Lunatic asylums in Bengal annual reports 1899-1911 - 1899-1911
Year: 1899
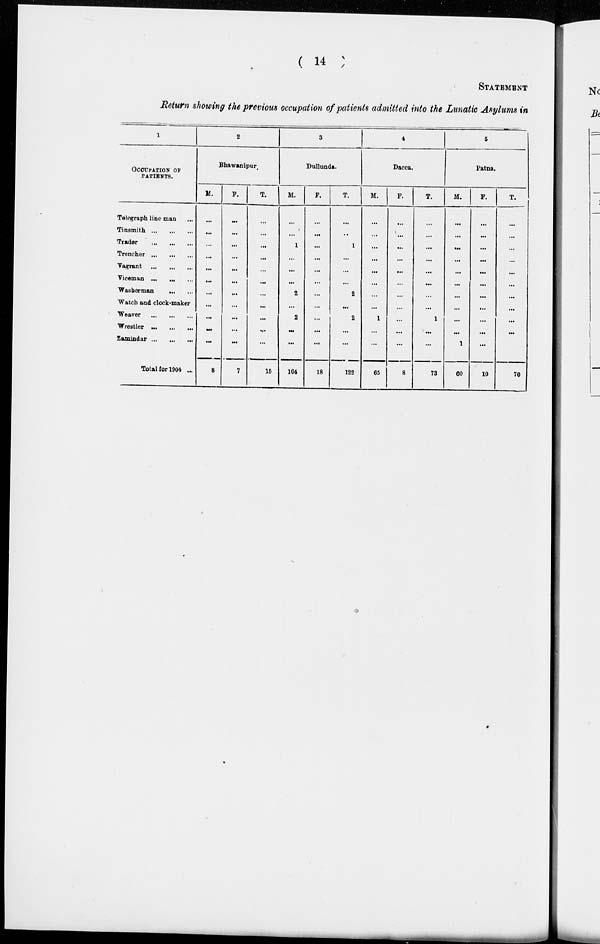
( 14 )
STATEMENT
Return showing the previous occupation of patients admitted into the Lunatic Asylums in
1
OCCUPATION OF
PATIENTS.
Telegraph line man ...
Tinsmith ... ... ...
Trader
...
...
...
Trencher ... ... ...
Vagrant
...
...
...
Viceman ... ... ...
Washerman ... ...
Watch and clock-maker
Weaver
...
...
...
Wrestler ... ... ...
Zamindar ... ... ...
Total for 1904 ...
2
Bhawanipur.
M.
...
...
...
...
...
...
...
...
...
...
...
8
F.
...
...
...
...
...
...
...
...
...
...
...
7
T.
...
...
...
...
...
...
...
...
...
...
...
15
3
Dullunda.
M.
...
...
1
...
...
...
2
...
2
...
...
104
F.
...
...
...
...
...
...
...
...
...
...
...
18
T.
...
..
1
...
...
...
2
...
2
...
...
122
4
Dacca.
M.
...
...
...
...
...
...
...
...
1
...
...
65
F.
...
...
...
...
...
...
...
...
...
...
...
8
T.
...
...
...
...
...
...
...
...
1
...
...
73
5
Patna.
M.
...
...
...
...
...
...
...
...
...
...
1
60
F.
...
...
...
...
...
...
...
...
...
...
...
10
T.
...
...
...
...
...
...
...
...
...
...
1
70